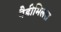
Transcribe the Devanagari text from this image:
पैडीमिलस